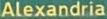
Alexandria